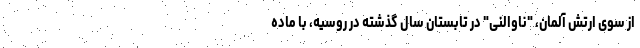
از سوی ارتش آلمان، "ناوالنی" در تابستان سال گذشته در روسیه، با ماده